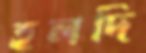
হলদি